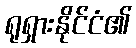
ရုရှားနိုင်ငံ၏